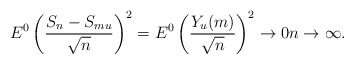
\begin{align*}E^{0}\left( \frac{S_{n}-S_{mu}}{\sqrt{n}}\right) ^{2}=E^{0}\left(\frac{Y_{u}(m)}{\sqrt{n}}\right) ^{2}\rightarrow0n\rightarrow\infty. \end{align*}